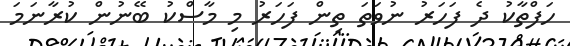
ހަފްތާކު ދެ ފަހަރު ނުވަތަ ތިން ފަހަރު މި މާސްކު ބޭނުން ކުރާނަމަ